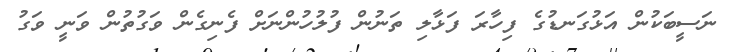
ނަސީބަކުން އަޅުގަނޑުގެ ފިހާރަ ފަޅާލި ތަނުން ފުލުހުންނަށް ފެނިގެން ވަގުތުން ވަނީ ވަގު